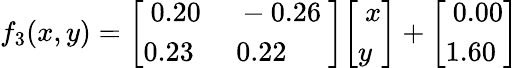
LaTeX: f_{3}(x,y)={\left[\begin{array}{ll}{\ 0.20}&{\ -0.26\ }\\ {0.23}&{\ 0.22}\end{array}\right]}{\left[\begin{array}{l}{\ x}\\ {y}\end{array}\right]}+{\left[\begin{array}{l}{\ 0.00}\\ {1.60}\end{array}\right]}